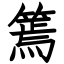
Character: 篶